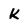
Character: k